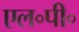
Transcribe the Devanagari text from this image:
एल॰पी॰